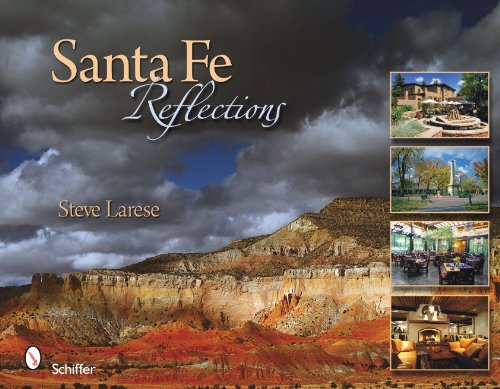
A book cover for Santa Fe Reflections; Steve Larese; Travel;